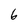
Character: 6